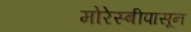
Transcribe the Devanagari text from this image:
मोरेस्बीपासून